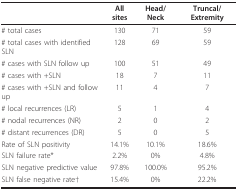
<table><thead><tr><td></td><td><b>All sites</b></td><td><b>Head/Neck</b></td><td><b>Truncal/Extremity</b></td></tr></thead><tbody><tr><td># total cases</td><td>130</td><td>71</td><td>59</td></tr><tr><td># total cases with identified SLN</td><td>128</td><td>69</td><td>59</td></tr><tr><td># cases with SLN follow up</td><td>100</td><td>51</td><td>49</td></tr><tr><td># cases with +SLN</td><td>18</td><td>7</td><td>11</td></tr><tr><td># cases with +SLN and follow up</td><td>11</td><td>4</td><td>7</td></tr><tr><td># local recurrences (LR)</td><td>5</td><td>1</td><td>4</td></tr><tr><td># nodal recurrences (NR)</td><td>2</td><td>0</td><td>2</td></tr><tr><td># distant recurrences (DR)</td><td>5</td><td>0</td><td>5</td></tr><tr><td>Rate of SLN positivity</td><td>14.1%</td><td>10.1%</td><td>18.6%</td></tr><tr><td>SLN failure rate*</td><td>2.2%</td><td>0%</td><td>4.8%</td></tr><tr><td>SLN negative predictive value</td><td>97.8%</td><td>100.0%</td><td>95.2%</td></tr><tr><td>SLN false negative rate†</td><td>15.4%</td><td>0%</td><td>22.2%</td></tr></tbody></table>